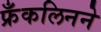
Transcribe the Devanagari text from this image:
फ्रँकलिनने